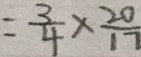
= \frac { 3 } { 4 } \times \frac { 2 0 } { 1 7 }